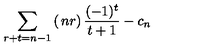
\sum _ { r + t = n - 1 } \left( \begin{matrix} { n } \\ { r } \\ \end{matrix} \right) \frac { ( - 1 ) ^ { t } } { t + 1 } - c _ { n }